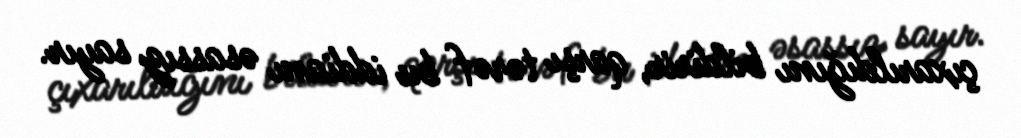
çıxarıldığını bildirir, qarşı tərəf bu iddianı əsassız sayır.